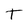
Character: T